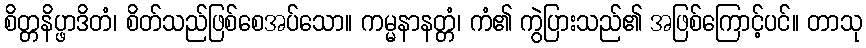
စိတ္တနိပ္ဖာဒိတံ၊ စိတ်သည်ဖြစ်စေအပ်သော။ ကမ္မနာနတ္တံ၊ ကံ၏ ကွဲပြားသည်၏ အဖြစ်ကြောင့်ပင်။ တာသု